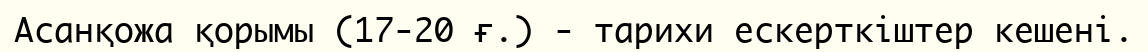
Асанқожа қорымы (17-20 ғ.) - тарихи ескерткіштер кешені.